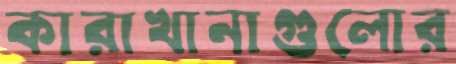
কারাখানাগুলোর